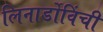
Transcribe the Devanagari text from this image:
लिनार्डोविंची